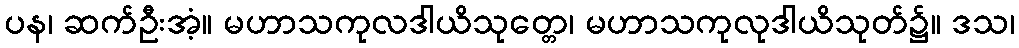
ပန၊ ဆက်ဦးအံ့။ မဟာသကုလဒါယိသုတ္တေ၊ မဟာသကုလုဒါယိသုတ်၌။ ဒသ၊